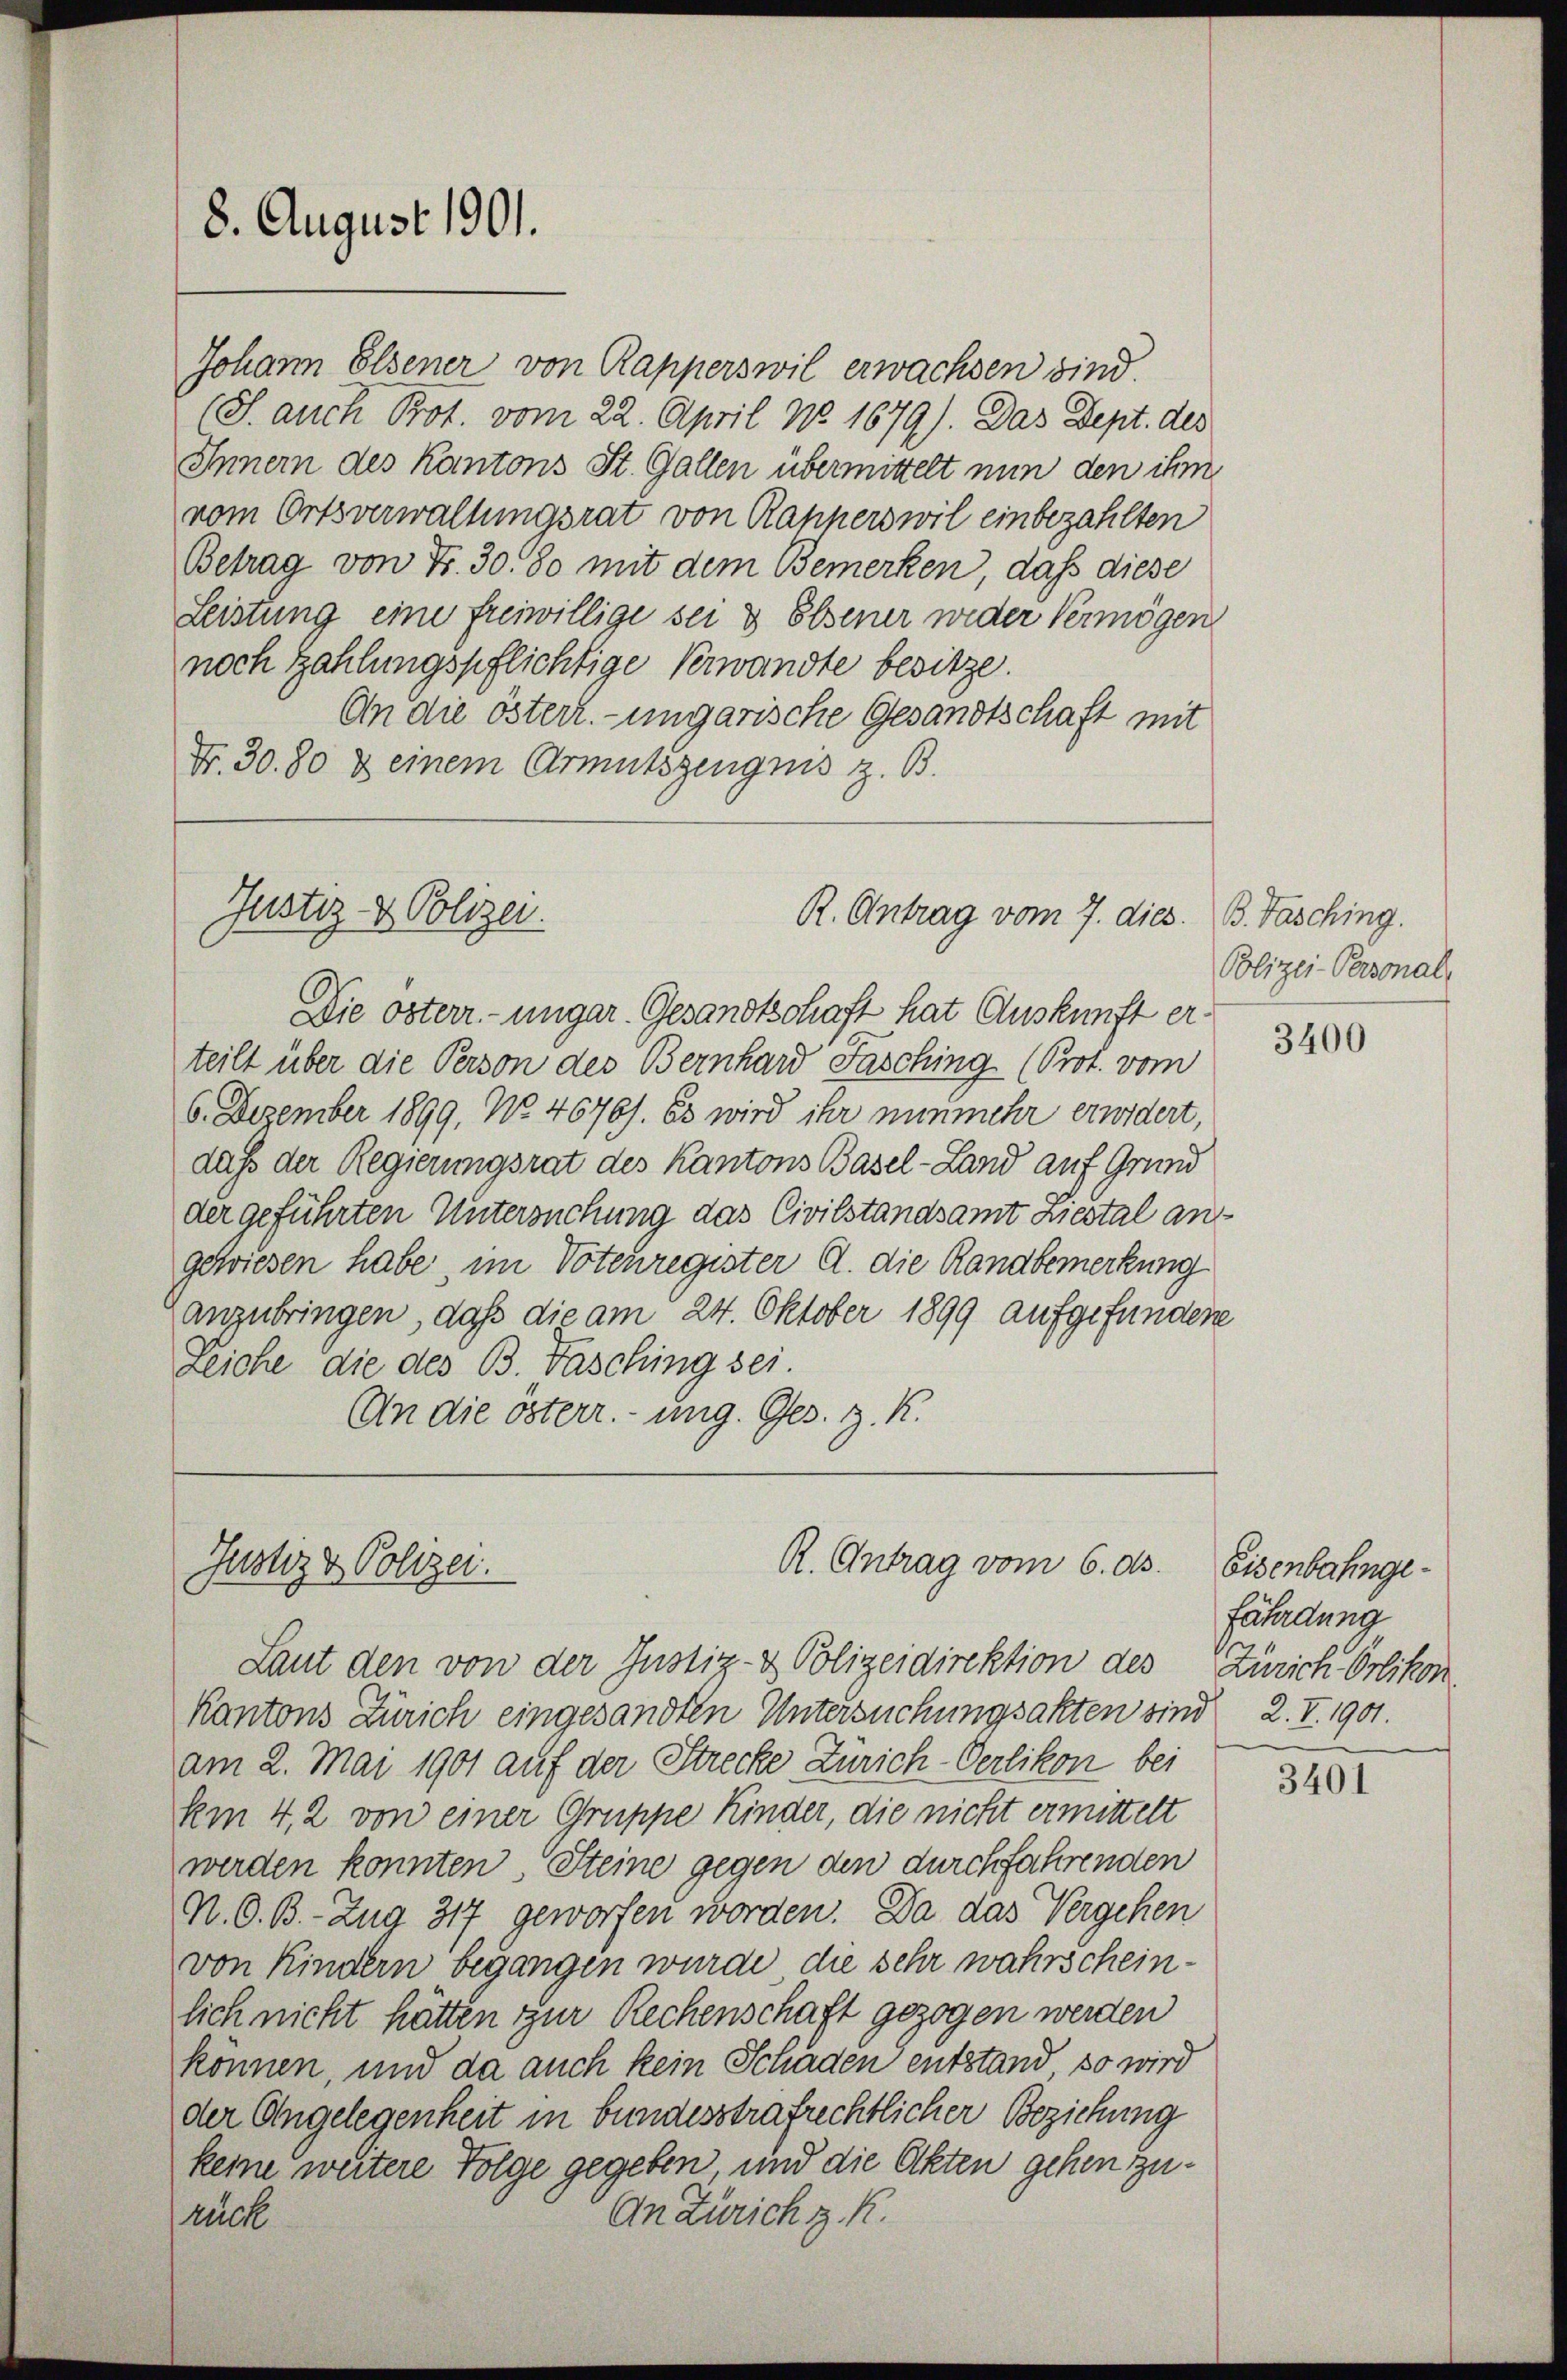
8. August 1901.

Johann Elsener von Rapperswil erwachsen sind
(S. auch Prot. vom 22. April No 1679). Das Sept. des
Innern des Kantons St. Gallen übermittelt nun den ihm
vom Ortsverwaltungsrat von Rapperswil einbezahlten
Betrag von Fr. 30. So mit dem Bemerken, dass diese
Leistung eine freiwillige sei & Elsener weder Vermögen
noch Zahlungspflichtige Verwandte besitze.
An die österr.-ungarische Gesandtschaft mit
Fr. 30. 80 & einem Armutszeugnis z. B.

Justiz- & Polizei.

Justiz & Polizei.

Die österr-ungar. Gesandtschaft hat Auskunft erteilt über die Person des Bernhard Fasching (Prot. vom
6. Dezember 1899, No. 4670). Es wird ihr nunmehr erwidert,
daß der Regierungsrat des Kantons Basel-Land auf Grund
der geführten Untersuchung das Civilstandsamt Liestal an
gewiesen habe, im Votenregister A. die Randbemerkung
anzubringen, daß die am 24. Oktober 1899 aufgefundene
Zeiche die des B. Fasching sei
An die österr. ung. Ges. z. K.

R. Antrag vom 7. dies

R. Antrag vom 6. ds.

Laut den von der Justiz- & Polizeidirektion des Zürich Orlikon
Kantons Zürich eingesandten Untersuchungsakten sind 2. I. 1901.
am 2. Mai 1901 auf der Strecke Zürich-Oerlikon bei
km 4. 2. von einer Gruppe Kinder, die nicht ermittelt
werden konnten Steine gegen den durchfahrenden
N. O. B. - Zug 317 geworfen worden. Da das Vergehen
von Kindern begangen wurde, die sehr wahrscheinlich nicht hätten zur Rechenschaft gezogen werden
können, und da auch kein Schaden entstand, so wird
der Angelegenheit in bundesstrafrechtlicher Beziehung
keine weitere Folge gegeben, und die Akten gehen zu¬
An Zürich z. K.
ruck

B. Fasching.
Polizei-Personal-

3400

Eisenbahngefährdung

3401